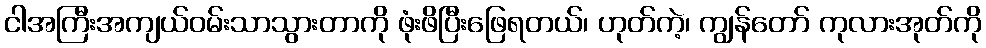
ငါအကြီးအကျယ်ဝမ်းသာသွားတာကို ဖုံးဖိပြီးဖြေရတယ်၊ ဟုတ်ကဲ့၊ ကျွန်တော် ကုလားအုတ်ကို